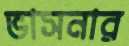
ভাসনার